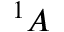
^ 1 A